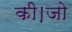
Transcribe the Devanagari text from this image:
की।जो